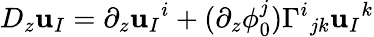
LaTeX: D_{z}\mathbf{u}_{I}=\partial_{z}\mathbf{u}_{I}{}^{i}+(\partial_{z}\phi_{0}^{j})\Gamma^{i}{}_{jk}\mathbf{u}_{I}{}^{k}